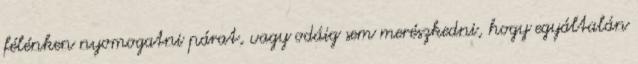
félénken nyomogatni párat, vagy odáig sem merészkedni, hogy egyáltalán